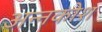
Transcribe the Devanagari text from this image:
अन्‍नकोश